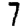
Digit: 7